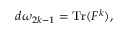
d \omega _ { 2 k - 1 } = \operatorname { T r } ( F ^ { k } ) ,